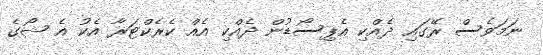
ނަމަވެސް ރޭގައި ދެއްކި އެޕިސޯޑުން ދެއްކި އެއް ކެރެކްޓަރާ އެކު އެ ޝޯގެ